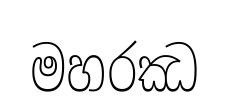
මහරඣ